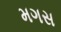
મગસ